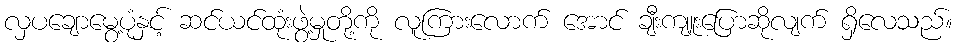
လှပချောမွေ့ပုံနှင့် ဆင်ယင်ထုံးဖွဲ့မှုတို့ကို လူကြားလောက် အောင် ချီးကျူးပြောဆိုလျက် ရှိလေသည်။